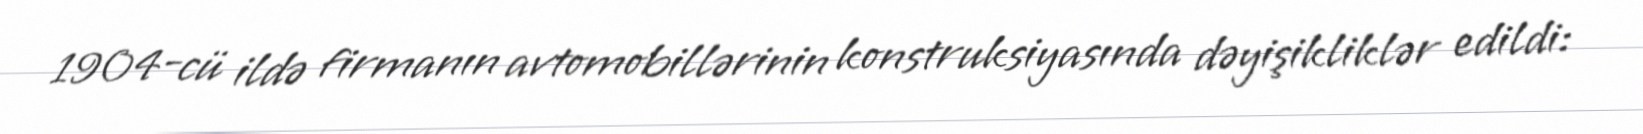
1904-cü ildə firmanın avtomobillərinin konstruksiyasında dəyişikliklər edildi: